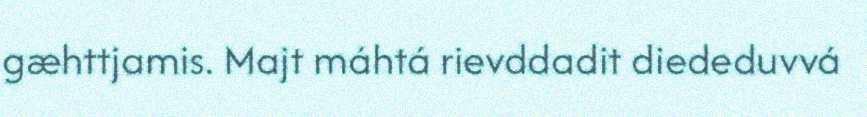
gæhttjamis. Majt máhtá rievddadit diededuvvá